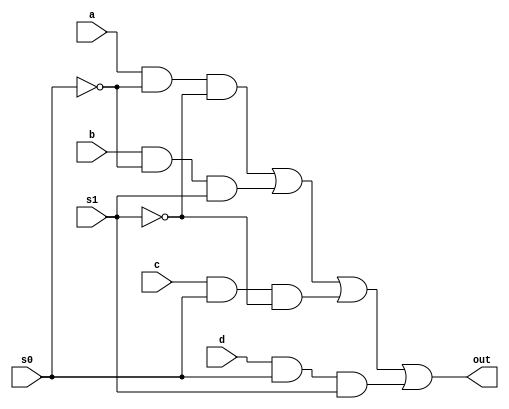
module m41(out, a, b, c, d, s0, s1);

output out;
input a, b, c, d, s0, s1;
wire sobar, s1bar, T1, T2, T3, T4;

xor (s0bar, s0,1), (s1bar, s1,1);
and (T1, a, s0bar, s1bar), (T2, b, s0bar, s1),(T3, c, s0, s1bar), (T4, d, s0, s1);
or(out, T1, T2, T3, T4);

endmodule